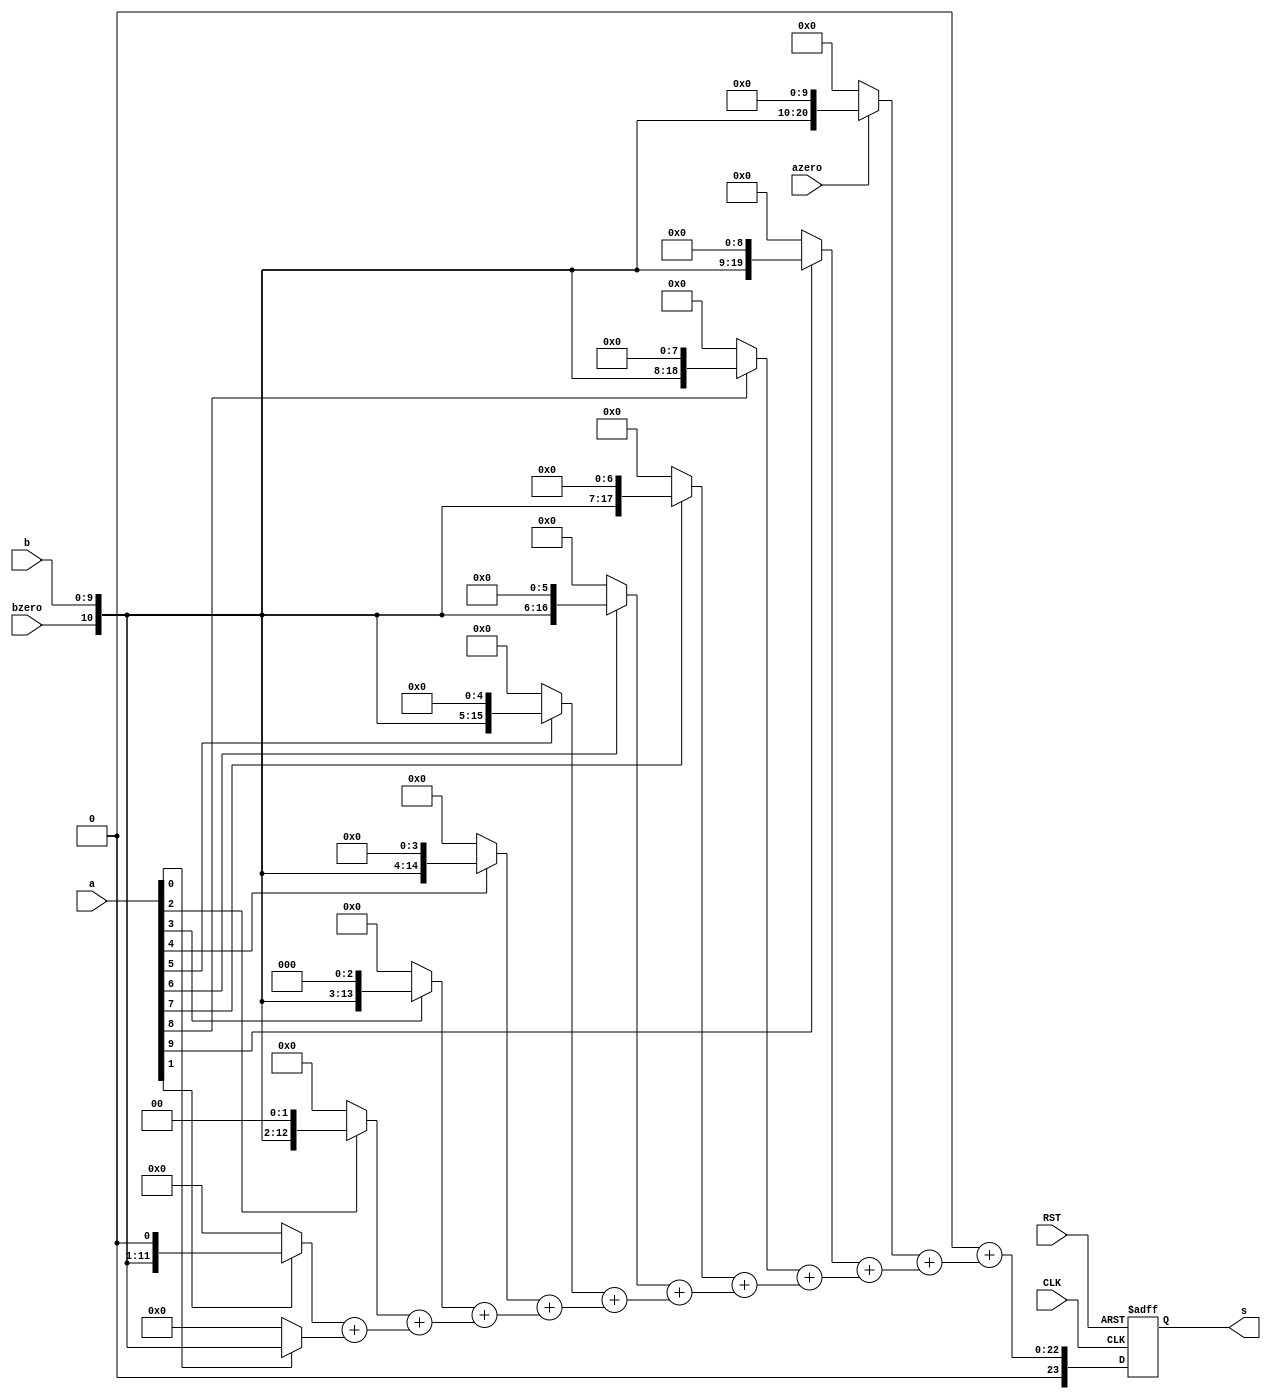
module array_mul(a, b,azero, bzero, s, CLK, RST);

	input [9:0] a,b;
	input CLK, RST;
	input azero, bzero;
	output reg [23:0] s;
	wire [11:0] aa, bb;
	
	assign aa = {1'b0,azero,a};
	assign bb = {1'b0,bzero,b};

	wire [23:0] partials[11:0];

	genvar i;
	assign partials[0] = aa[0] ? {{12{0}},bb} : 0;

	generate 	
		for(i=1; i<12; i=i+1) begin: genblk1
			assign partials[i] = (aa[i] ? {{12{0}},bb}<<i : 0)+partials[i-1];
		end
	endgenerate
	
	always @(posedge CLK or negedge RST) begin
		if (!RST) begin
		s <= 0;
	end else begin
		s <= partials[11];
			 
	end
	end

endmodule